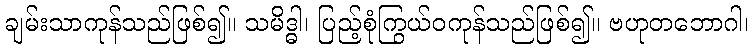
ချမ်းသာကုန်သည်ဖြစ်၍။ သမိဒ္ဓါ၊ ပြည့်စုံကြွယ်ဝကုန်သည်ဖြစ်၍။ ဗဟုတဘောဂါ၊